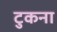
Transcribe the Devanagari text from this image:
टुकना